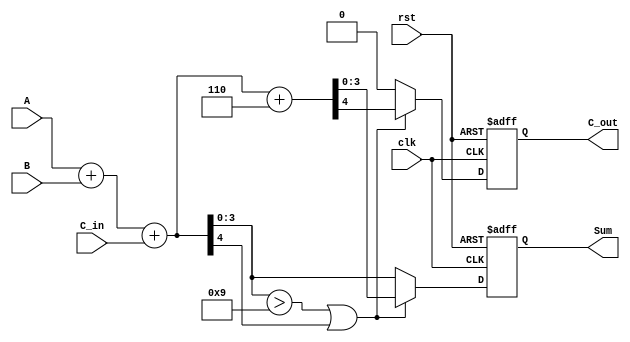
module BCD_Synchronous_Adder (
    input wire [3:0] A,        // First BCD digit
    input wire [3:0] B,        // Second BCD digit
    input wire C_in,           // Carry input
    input wire clk,            // Clock signal
    input wire rst,            // Reset signal
    output reg [3:0] Sum,      // BCD output sum
    output reg C_out           // Carry output
);

    // Internal signals
    wire [4:0] Full_Sum;       // 5-bit sum to accommodate overflow
    wire correction_needed;     // Signal to indicate if correction is needed
    wire [4:0] Adjusted_Sum;   // Adjusted sum after correction

    // Calculate the full sum
    assign Full_Sum = A + B + C_in;

    // Determine if correction is needed
    assign correction_needed = (Full_Sum[3:0] > 4'b1001) || (Full_Sum[4]);

    // Calculate the adjusted sum if correction is needed
    assign Adjusted_Sum = Full_Sum + 5'b00110; // Add 6 (0110 in binary)

    // Synchronous process to update outputs
    always @(posedge clk or posedge rst) begin
        if (rst) begin
            Sum <= 4'b0000; // Reset Sum
            C_out <= 1'b0;  // Reset Carry Out
        end else begin
            if (correction_needed) begin
                Sum <= Adjusted_Sum[3:0]; // Use adjusted sum
                C_out <= Adjusted_Sum[4]; // Carry out from adjusted sum
            end else begin
                Sum <= Full_Sum[3:0]; // Use full sum
                C_out <= 1'b0; // No carry out
            end
        end
    end

endmodule